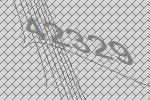
42329